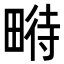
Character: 𤲵